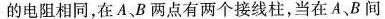
的电阻相同，在A、B两点有两个接线柱，当在A、B间